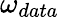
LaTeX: \omega_{data}